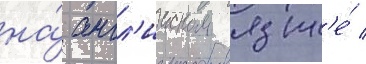
на́ англ'ииском язык'е́ /